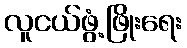
လူငယ်ဖွံ့ဖြိုးရေး